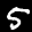
Label: 5